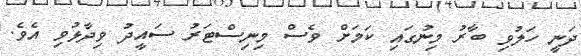
ދަނީ ހަލުވި ބާރު މިނުގައި ކަމަށް ވެސް މިނިސްޓަރު ސައީދު ވިދާޅުވި އެވެ.